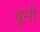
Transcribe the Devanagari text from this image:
बूमी